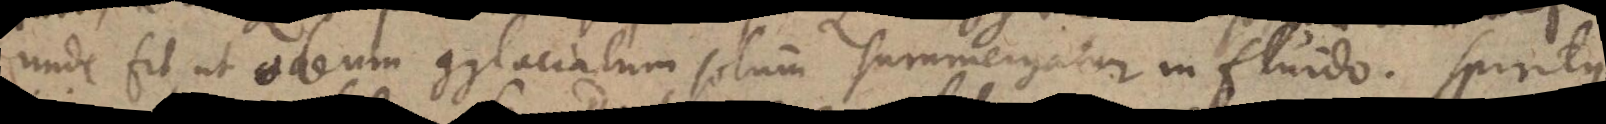
unde fit, ut oleum conglaciatum solum summergatur in fluido. Spiritus